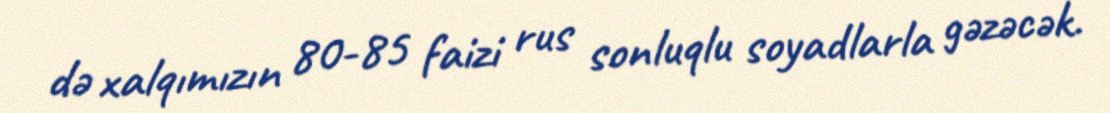
də xalqımızın 80-85 faizi rus sonluqlu soyadlarla gəzəcək.